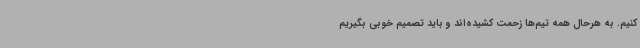
کنیم. به هرحال همه تیم‌ها زحمت کشیده‌اند و باید تصمیم خوبی بگیریم